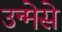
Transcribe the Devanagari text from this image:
उन्मेसे